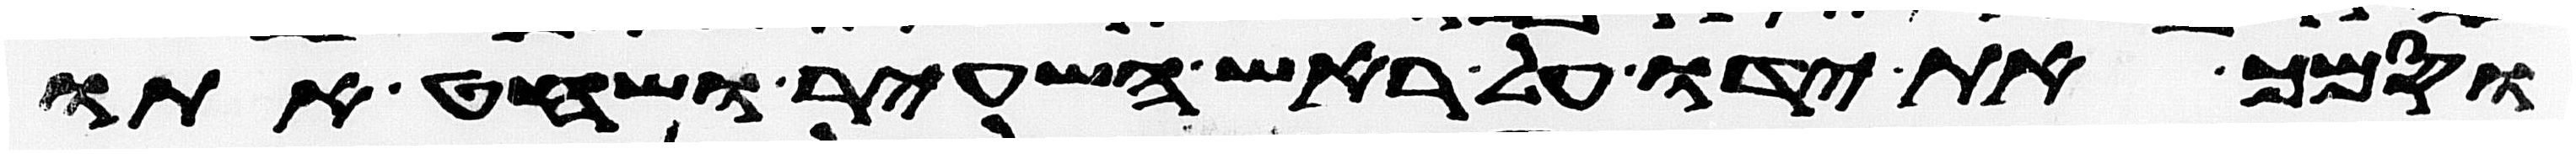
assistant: וסמך את ידו על ראש השעיר ושחט אתו